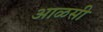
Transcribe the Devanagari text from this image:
आळसी